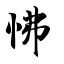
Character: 怫